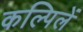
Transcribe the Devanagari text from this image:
कल्पिलें